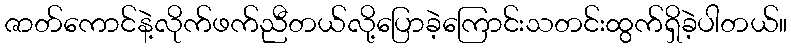
ဇာတ်ကောင်နဲ့လိုက်ဖက်ညီတယ်လို့ပြောခဲ့ကြောင်းသတင်းထွက်ရှိခဲ့ပါတယ်။